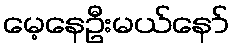
မေ့နေဦးမယ်နော်